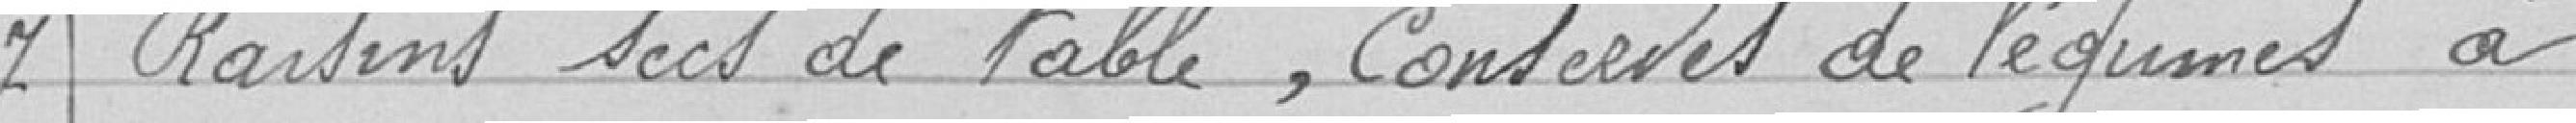
7 Raisins secs de table, conserves de légumes à